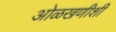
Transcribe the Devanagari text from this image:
ओळखणीशी